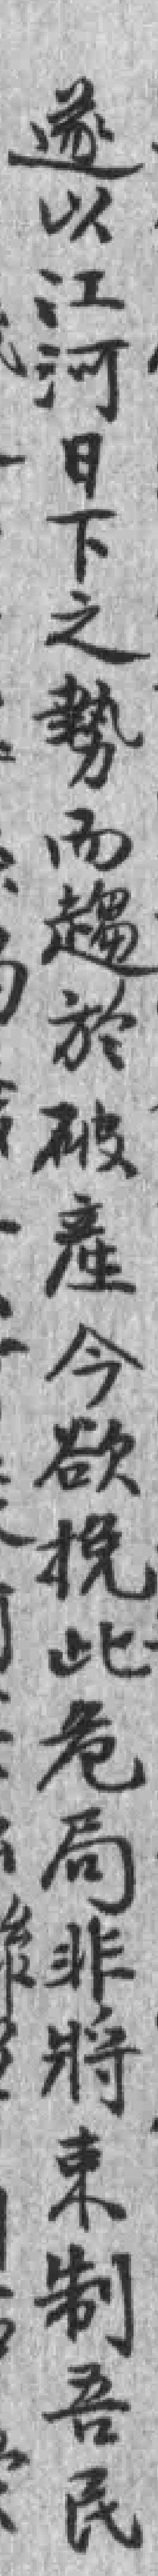
遂以江河日下之勢而趨於破產今欲挽此危局非將束制吾民